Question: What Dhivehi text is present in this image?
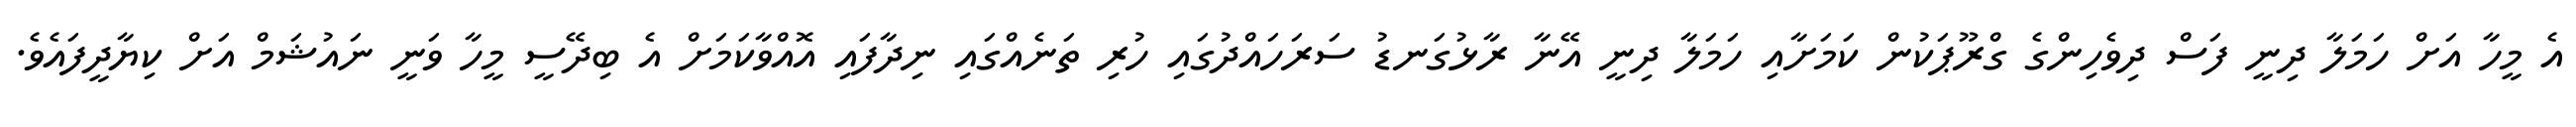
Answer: އެ މީހާ އަށް ހަމަލާ ދިނީ ފަސް ދިވެހިންގެ ގްރޫޕަކުން ކަމަށާއި ހަމަލާ ދިނީ އޭނާ ރާޅުގަނޑު ސަރަހައްދުގައި ހުރި ތަނެއްގައި ނިދާފައި އޮއްވާކަމަށް އެ ބިދޭސީ މީހާ ވަނީ ނައުޝަމް އަށް ކިޔާދީފައެވެ.